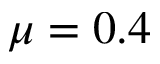
\mu = 0 . 4